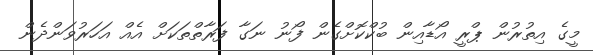
މީގެ އިތުރުން ޕްރީ އޯޑާއިން ބުކްކޮށްގެން ފޯނު ނަގާ ފަރާތްތަކަށް އެއް އަހަރުވަންދެން